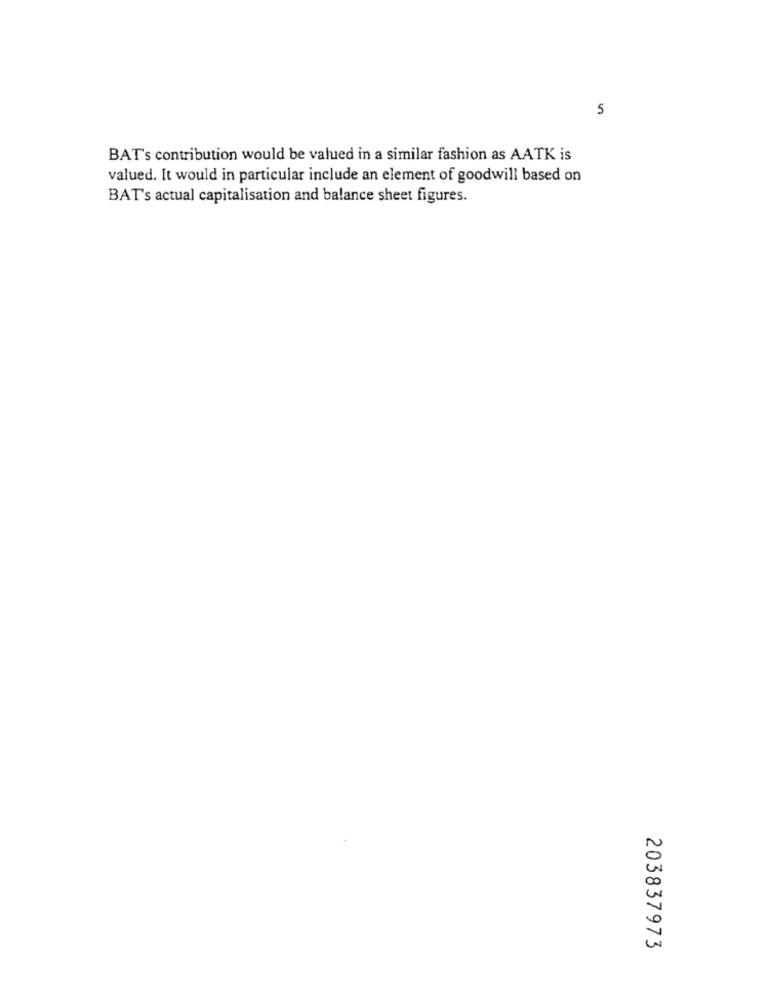
5
BAT's contribution would be valued in a similar fashion as AATK is
valued. It would in particular include an element of goodwill based on
BAT's actual capitalisation and balance sheet figures.
203837973